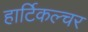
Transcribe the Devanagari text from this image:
हार्टिकल्चर